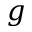
g